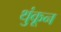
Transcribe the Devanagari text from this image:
थुंकून